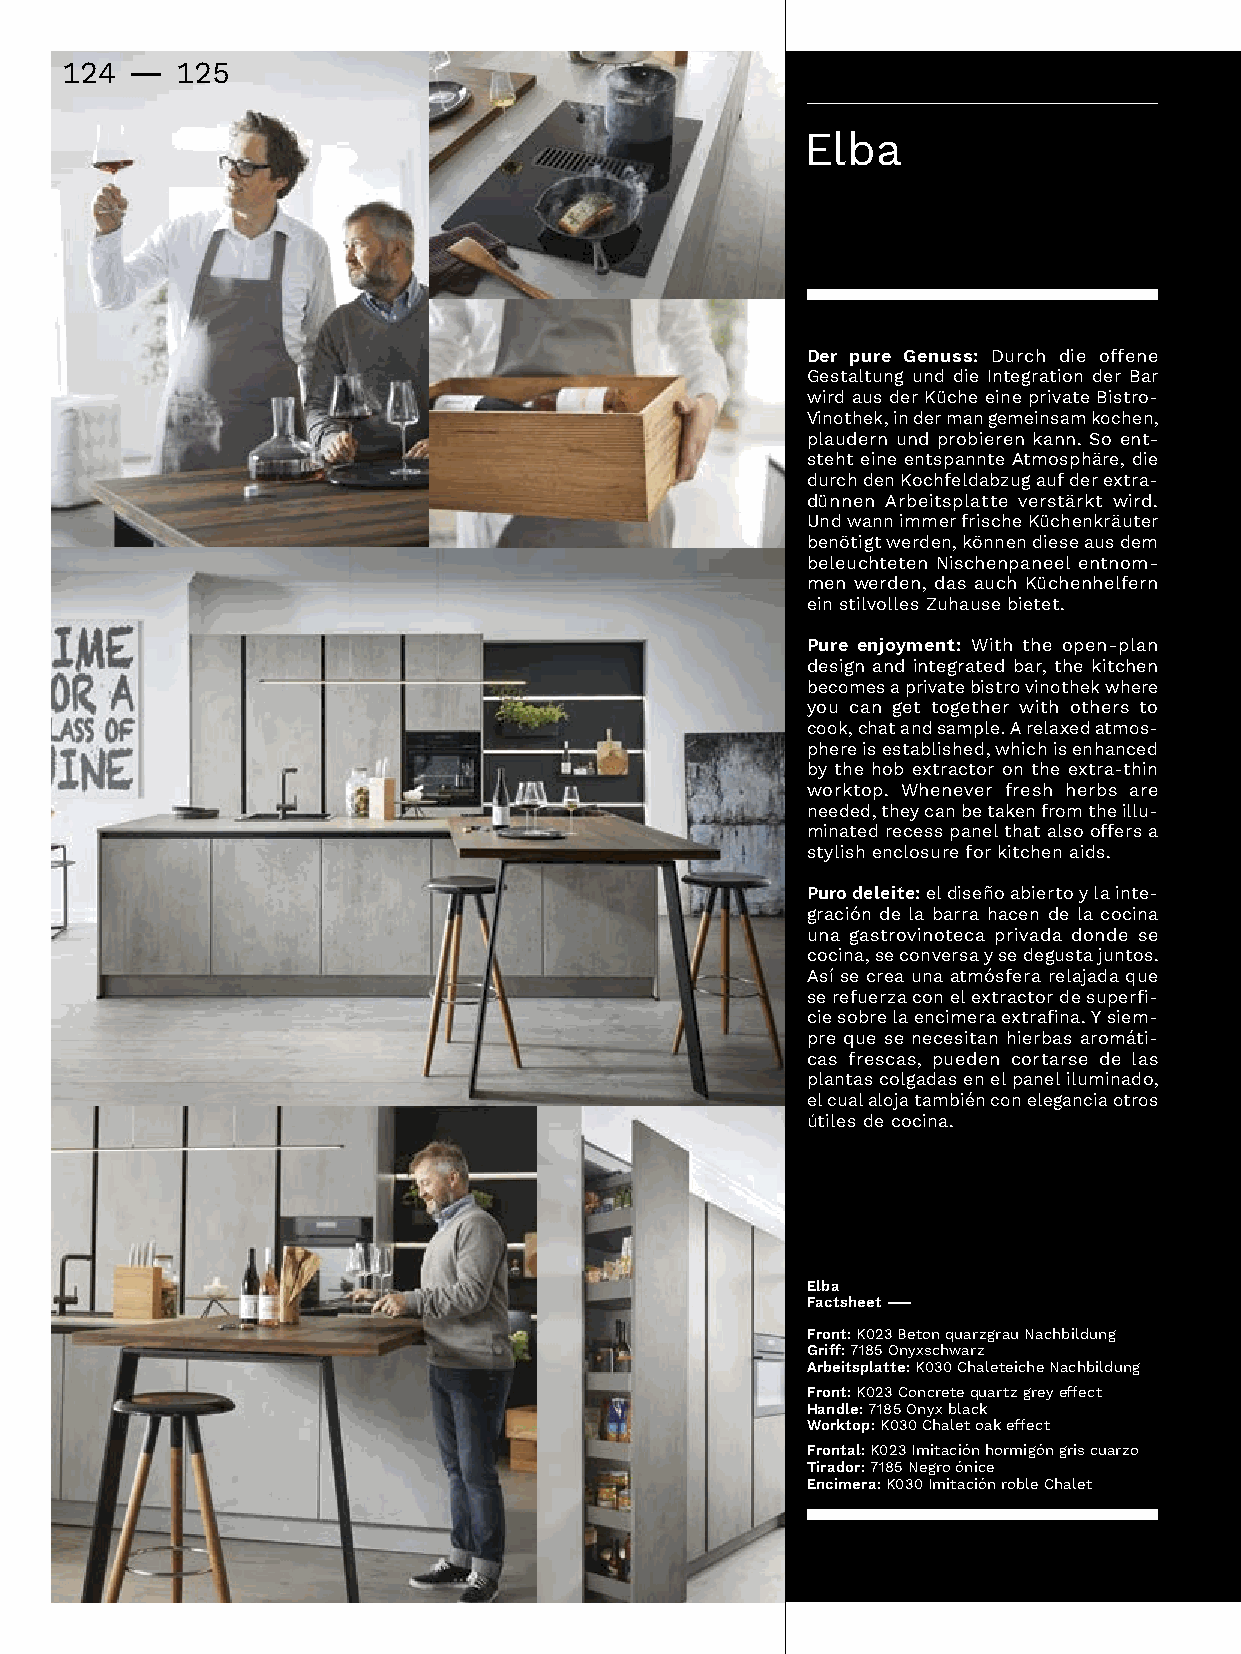
124 -   125
 Elba
 Der pure Genuss:Durch die offene
 Gestaltung und die Integration der Bar
 wirdausderKücheeineprivateBistro-
 Vinothek,indermangemeinsamkochen,
 plaudernundprobierenkann.Soent-
 stehteineentspannteAtmosphäre,die
 durchdenKochfeldabzugaufderextra-
 dünnenArbeitsplatteverstärktwird.
 UndwannimmerfrischeKüchenkräuter
 benötigtwerden,könnendieseausdem
 beleuchtetenNischenpaneelentnom-
 menwerden,dasauchKüchenhelfern
 einstilvollesZuhausebietet.
 Pure enjoyment: With the open-plan
 designandintegratedbar,thekitchen
 becomesaprivatebistrovinothekwhere
 youcangettogetherwithothersto
 cook,chatandsample.Arelaxedatmos-
 phereisestablished,whichisenhanced
 bythehobextractorontheextra-thin
 worktop.Wheneverfreshherbsare
 needed,theycanbetakenfromtheillu-
 minatedrecesspanelthatalsooffersa
 stylishenclosureforkitchenaids.
 Puro deleite:eldiseñoabiertoylainte-
 gracióndelabarrahacendelacocina
 una gastrovinoteca privada donde se
 cocina,seconversaysedegustajuntos.
 Asísecreaunaatmósferarelajadaque
 serefuerzaconelextractordesuperfi-
 ciesobrelaencimeraextrafina.Ysiem-
 prequesenecesitanhierbasaromáti-
 casfrescas,puedencortarsedelas
 plantascolgadasenelpaneliluminado,
 elcualalojatambiénconeleganciaotros
 útilesdecocina.
 Elba
 Factsheet –
 Front: K023BetonquarzgrauNachbildung
 Griff: 7185Onyxschwarz
 Arbeitsplatte: K030ChaleteicheNachbildung
 Front:K023Concretequartzgreyeffect
 Handle:7185Onyxblack
 Worktop:K030Chaletoakeffect
 Frontal: K023Imitaciónhormigóngriscuarzo
 Tirador: 7185Negroónice
 Encimera: K030ImitaciónrobleChalet